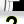
Digit: 2